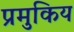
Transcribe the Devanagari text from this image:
प्रमुकिय